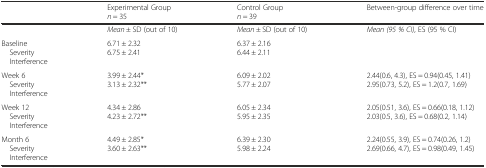
|  | Experimental Groupn = 35 | Control Groupn = 39 | Between-group difference over time |
 | --- | --- | --- | --- |
 |  | Mean ± SD (out of 10) | Mean ± SD (out of 10) | Mean (95 % CI), ES (95 % CI) |
 | Baseline Severity Interference | 6.71 ± 2.326.75 ± 2.41 | 6.37 ± 2.166.44 ± 2.11 |  |
 | Week 6 Severity Interference | 3.99 ± 2.44*3.13 ± 2.32** | 6.09 ± 2.025.77 ± 2.07 | 2.44(0.6, 4.3), ES = 0.94(0.45, 1.41)2.95(0.73, 5.2), ES = 1.2(0.7, 1.69) |
 | Week 12 Severity Interference | 4.34 ± 2.864.23 ± 2.72** | 6.05 ± 2.345.95 ± 2.35 | 2.05(0.51, 3.6), ES = 0.66(0.18, 1.12)2.03(0.5, 3.6), ES = 0.68(0.2, 1.14) |
 | Month 6 Severity Interference | 4.49 ± 2.85*3.60 ± 2.63** | 6.39 ± 2.305.98 ± 2.24 | 2.24(0.55, 3.9), ES = 0.74(0.26, 1.2)2.69(0.66, 4.7), ES = 0.98(0.49, 1.45) |